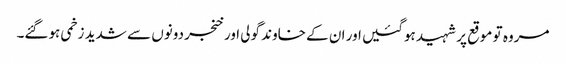
مروہ تو موقع پر شہید ہوگئیں اور ان کے خاوند گولی اور خنجر دونوں سے شدید زخمی ہوگئے۔